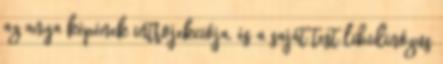
az anya képének introjekciója, és a saját test libidinózus